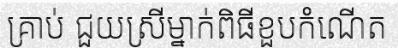
គ្រាប់ ជួយស្រីម្នាក់ពិធីខួបកំណើត